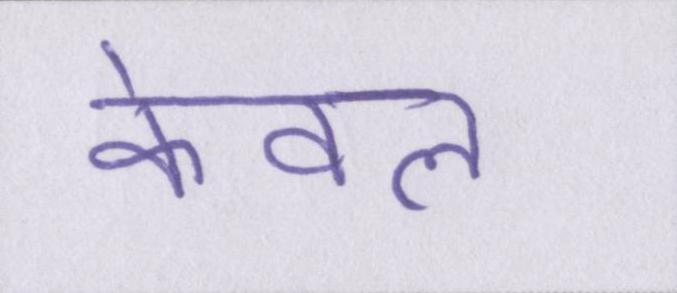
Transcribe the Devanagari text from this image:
केवल